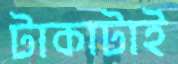
টাকাটাই